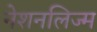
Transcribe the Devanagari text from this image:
नेशनलिज्म